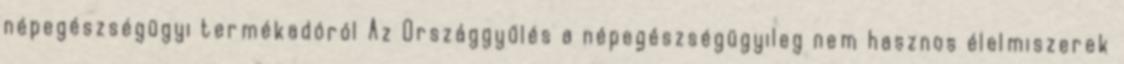
népegészségügyi termékadóról Az Országgyűlés a népegészségügyileg nem hasznos élelmiszerek